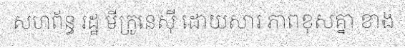
សហព័ន្ធ រដ្ឋ មីក្រូនេស៊ី ដោយសារ ភាពខុសគ្នា ខាង